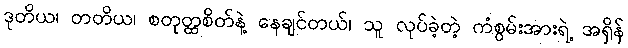
ဒုတိယ၊ တတိယ၊ စတုတ္ထစိတ်နဲ့ နေချင်တယ်၊ သူ လုပ်ခဲ့တဲ့ ကံစွမ်းအားရဲ့ အရှိန်